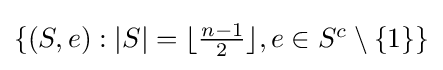
{\textstyle \{(S,e):|S|=\lfloor {\frac {n-1}{2}}\rfloor ,e\in S^{c}\setminus \{1\}\}}